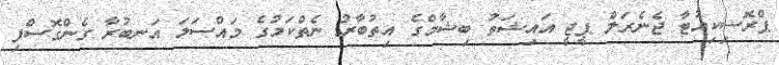
ޕްރޮސިކިއުޓާ ޖެނެރަލް ޕީޖީ އައިޝަތު ބިޝާމްގެ އިތުބާރު ނެތްކަމުގެ މައްސަލަ އަނބުރާ ގެންގޮސްފި